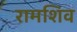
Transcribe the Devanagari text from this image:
रामशिव